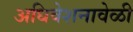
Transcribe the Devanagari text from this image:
अधिवेशनावेळी